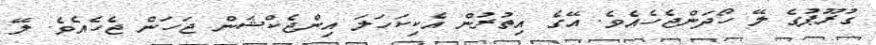
ގުރޫޕުގެ ލޭ ހޯދަންޖެހެއެވެ. އޭގެ އިތުރުން އެކިކަހަލަ އިންޖެކްޝަން ޖަހަން ޖެހެއެވެ. ލޭ